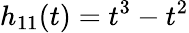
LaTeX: h_{11}(t)=t^{3}-t^{2}